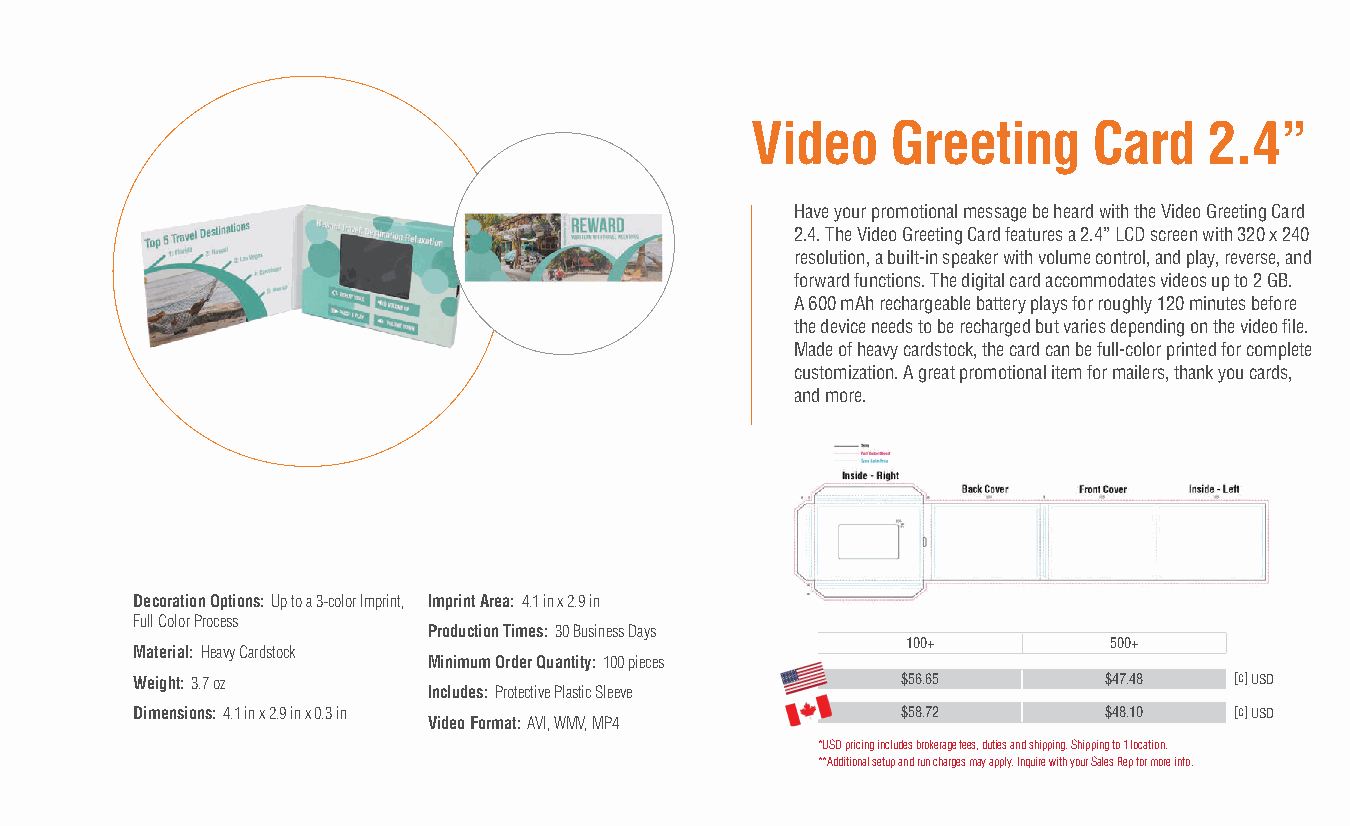
Video    Greeting     Card    2.4”
 Have your promotional message be heard with the Video Greeting Card
 2.4. The Video Greeting Card features a 2.4” LCD screen with 320 x 240
 resolution, a built-in speaker with volume control, and play, reverse, and
 forward functions. The digital card accommodates videos up to 2 GB.
 A 600 mAh rechargeable battery plays for roughly 120 minutes before
 the device needs to be recharged but varies depending on the video fi le.
 Made of heavy cardstock, the card can be full-color printed for complete
 customization. A great promotional item for mailers, thank you cards,
 and more.
 Decoration Options: Up to a 3-color Imprint, Imprint Area: 4.1 in x 2.9 in
 Full Color Process
 Production Times: 30 Business Days
 100+          500+
 Material: Heavy Cardstock
 Minimum Order Quantity: 100 pieces
 Weight: 3.7 oz                                     $56.65       $47.48   [c] USD
 Includes: Protective Plastic Sleeve
 Dimensions: 4.1 in x 2.9 in x 0.3 in               $58.72       $48.10   [c] USD
 Video Format: AVI, WMV, MP4
 *USD pricing includes brokerage fees, duties and shipping. Shipping to 1 location.
 **Additional setup and run charges may apply. Inquire with your Sales Rep for more info.